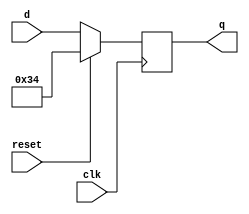
module top_module (
    input clk,
    input reset,
    input [7:0] d,
    output [7:0] q
);

    always @(negedge clk) begin
        q <= reset ? 8'h34 : d;
    end

endmodule